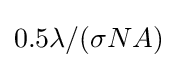
0.5\lambda /(\sigma NA)